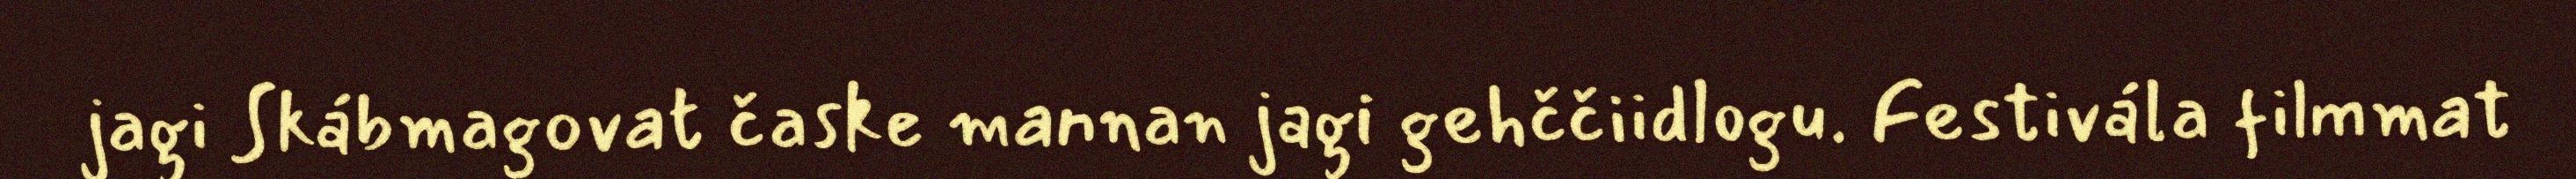
jagi Skábmagovat časke mannan jagi gehččiidlogu. Festivála filmmat